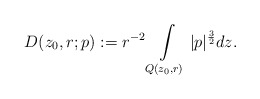
\begin{align*}D(z_0,r;p):= r^{-2}\int\limits_{Q(z_0,r)} |p|^{\frac{3}{2}} dz.\end{align*}